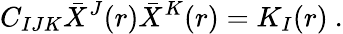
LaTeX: C_{IJK}\bar{X}^{J}(r)\bar{X}^{K}(r)=K_{I}(r)\ .